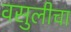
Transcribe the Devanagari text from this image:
वसुलीचा